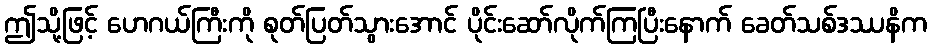
ဤသို့ဖြင့် ဟေဂယ်ကြီးကို စုတ်ပြတ်သွားအောင် ပိုင်းဆော်လိုက်ကြပြီးနောက် ခေတ်သစ်ဒဿနိက